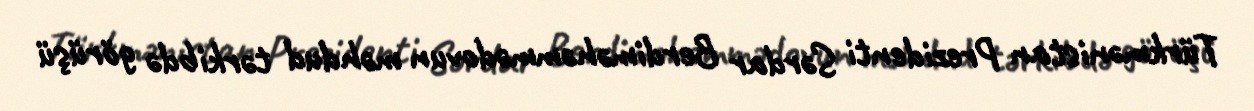
Türkmənistan Prezidenti Sərdar Berdiməhəmmədovun məhdud tərkibdə görüşü